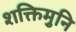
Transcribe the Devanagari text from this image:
शक्तिमुनि